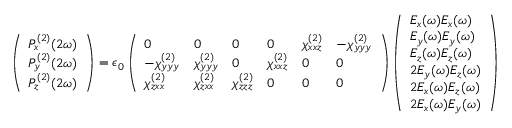
\left( \begin{array} { l } { P _ { x } ^ { ( 2 ) } ( 2 \omega ) } \\ { P _ { y } ^ { ( 2 ) } ( 2 \omega ) } \\ { P _ { z } ^ { ( 2 ) } ( 2 \omega ) } \end{array} \right) = \epsilon _ { 0 } \left( \begin{array} { l l l l l l } { 0 } & { 0 } & { 0 } & { 0 } & { \chi _ { x x z } ^ { ( 2 ) } } & { - \chi _ { y y y } ^ { ( 2 ) } } \\ { - \chi _ { y y y } ^ { ( 2 ) } } & { \chi _ { y y y } ^ { ( 2 ) } } & { 0 } & { \chi _ { x x z } ^ { ( 2 ) } } & { 0 } & { 0 } \\ { \chi _ { z x x } ^ { ( 2 ) } } & { \chi _ { z x x } ^ { ( 2 ) } } & { \chi _ { z z z } ^ { ( 2 ) } } & { 0 } & { 0 } & { 0 } \end{array} \right) \left( \begin{array} { l } { E _ { x } ( \omega ) E _ { x } ( \omega ) } \\ { E _ { y } ( \omega ) E _ { y } ( \omega ) } \\ { E _ { z } ( \omega ) E _ { z } ( \omega ) } \\ { 2 E _ { y } ( \omega ) E _ { z } ( \omega ) } \\ { 2 E _ { x } ( \omega ) E _ { z } ( \omega ) } \\ { 2 E _ { x } ( \omega ) E _ { y } ( \omega ) } \end{array} \right)